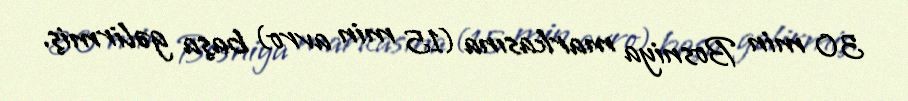
30 min Bosniya markasına (15 min avro) başa gəlirmiş.